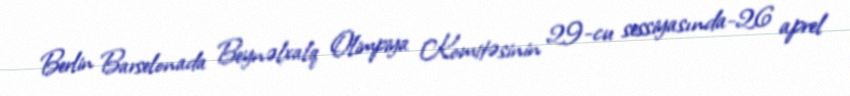
Berlin Barselonada Beynəlxalq Olimpiya Komitəsinin 29-cu sessiyasında-26 aprel